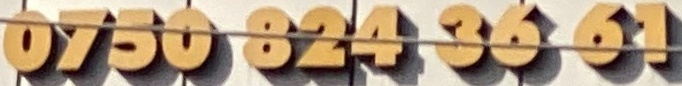
0750 824 3661